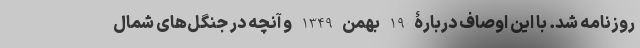
روزنامه شد. با این اوصاف دربارۀ 19 بهمن 1349 و آنچه در جنگل‌های شمال